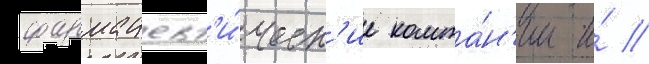
фармацевт'и́ческ'ие компа́н'ии и́ //